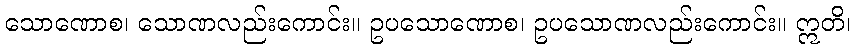
သောဏောစ၊ သောဏလည်းကောင်း။ ဥပသောဏောစ၊ ဥပသောဏလည်းကောင်း။ ဣတိ၊